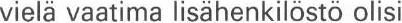
vielä vaatima lisähenkilöstö olisi